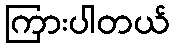
ကြားပါတယ်